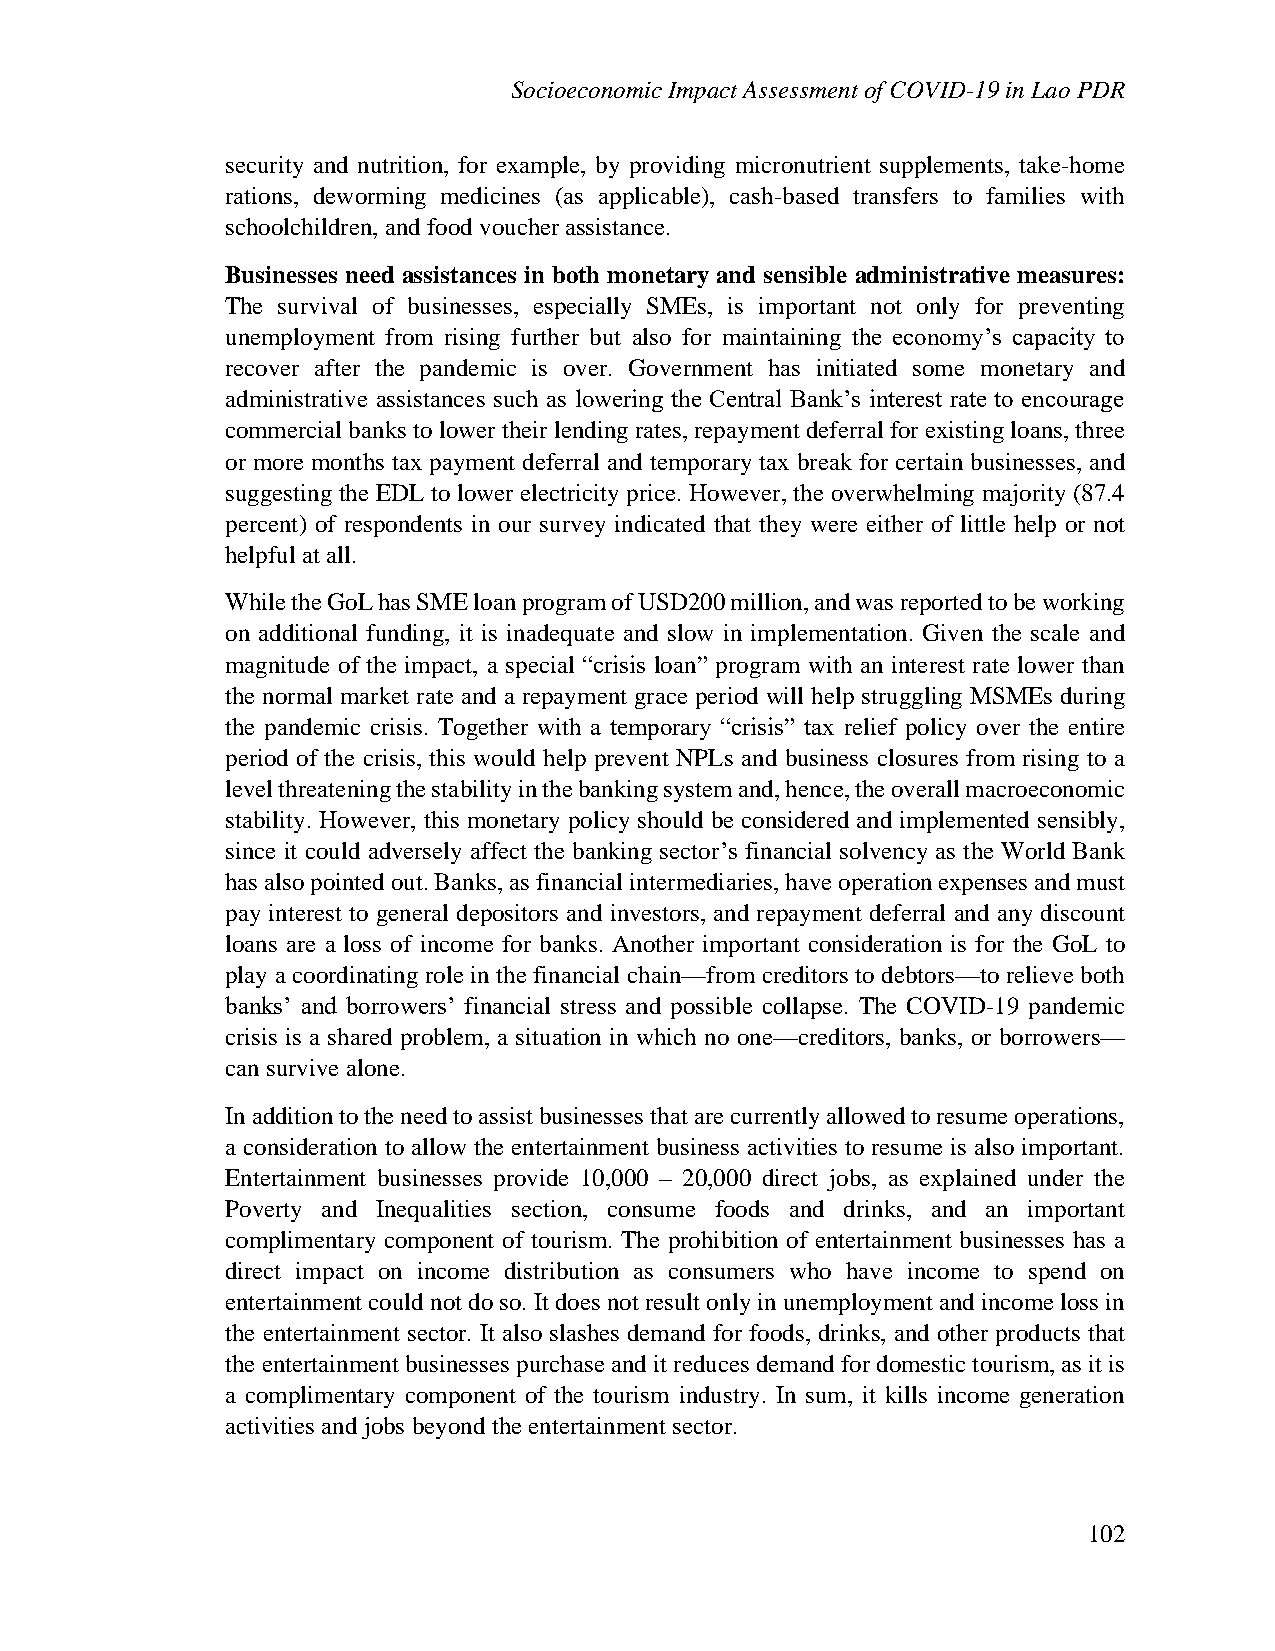
Socioeconomic Impact Assessment of COVID-19 in Lao PDR
 security and nutrition, for example, by providing micronutrient supplements, take-home
 rations, deworming medicines (as applicable), cash-based transfers to families with
 schoolchildren, and food voucher assistance.
 Businesses need assistances in both monetary and sensible administrative measures:
 The survival of businesses, especially SMEs, is important not only for preventing
 unemployment from rising further but also for maintaining the economy’s capacity to
 recover after the pandemic is over. Government has initiated some monetary and
 administrative assistances such as lowering the Central Bank’s interest rate to encourage
 commercial banks to lower their lending rates, repayment deferral for existing loans, three
 or more months tax payment deferral and temporary tax break for certain businesses, and
 suggesting the EDL to lower electricity price. However, the overwhelming majority (87.4
 percent) of respondents in our survey indicated that they were either of little help or not
 helpful at all.
 While the GoL has SME loan program of USD200 million, and was reported to be working
 on additional funding, it is inadequate and slow in implementation. Given the scale and
 magnitude of the impact, a special “crisis loan” program with an interest rate lower than
 the normal market rate and a repayment grace period will help struggling MSMEs during
 the pandemic crisis. Together with a temporary “crisis” tax relief policy over the entire
 period of the crisis, this would help prevent NPLs and business closures from rising to a
 level threatening the stability in the banking system and, hence, the overall macroeconomic
 stability. However, this monetary policy should be considered and implemented sensibly,
 since it could adversely affect the banking sector’s financial solvency as the World Bank
 has also pointed out. Banks, as financial intermediaries, have operation expenses and must
 pay interest to general depositors and investors, and repayment deferral and any discount
 loans are a loss of income for banks. Another important consideration is for the GoL to
 play a coordinating role in the financial chain—from creditors to debtors—to relieve both
 banks’ and borrowers’ financial stress and possible collapse. The COVID-19 pandemic
 crisis is a shared problem, a situation in which no one—creditors, banks, or borrowers—
 can survive alone.
 In addition to the need to assist businesses that are currently allowed to resume operations,
 a consideration to allow the entertainment business activities to resume is also important.
 Entertainment businesses provide 10,000 – 20,000 direct jobs, as explained under the
 Poverty and Inequalities section, consume foods and drinks, and an important
 complimentary component of tourism. The prohibition of entertainment businesses has a
 direct impact on income distribution as consumers who have income to spend on
 entertainment could not do so. It does not result only in unemployment and income loss in
 the entertainment sector. It also slashes demand for foods, drinks, and other products that
 the entertainment businesses purchase and it reduces demand for domestic tourism, as it is
 a complimentary component of the tourism industry. In sum, it kills income generation
 activities and jobs beyond the entertainment sector.
 102